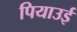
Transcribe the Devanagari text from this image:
पियाउई